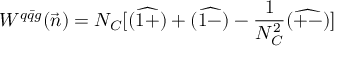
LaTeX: W ^ { q \bar { q } g } ( \vec { n } ) = N _ { C } [ ( \widehat { 1 + } ) + ( \widehat { 1 - } ) - \frac { 1 } { N _ { C } ^ { 2 } } ( \widehat { + - } ) ]